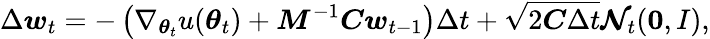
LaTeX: \Delta\boldsymbol{w}_{t}=-\left(\nabla_{\boldsymbol{\theta}_{t}}u(\boldsymbol{\theta}_{t})+\boldsymbol{M}^{-1}\boldsymbol{C}\boldsymbol{w}_{t-1}\right)\Delta t+\sqrt{2\boldsymbol{C}\Delta t}\boldsymbol{\mathcal{N}}_{t}(\boldsymbol{0},I),